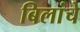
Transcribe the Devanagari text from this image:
बिलांचे